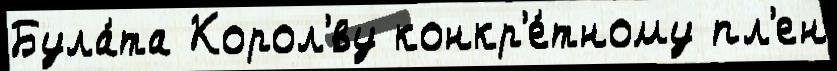
Була́та Корол'́ву конкр'е́тному пл'ен